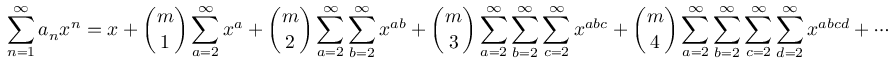
\sum _ { n = 1 } ^ { \infty } a _ { n } x ^ { n } = x + { \binom { m } { 1 } } \sum _ { a = 2 } ^ { \infty } x ^ { a } + { \binom { m } { 2 } } \sum _ { a = 2 } ^ { \infty } \sum _ { b = 2 } ^ { \infty } x ^ { a b } + { \binom { m } { 3 } } \sum _ { a = 2 } ^ { \infty } \sum _ { b = 2 } ^ { \infty } \sum _ { c = 2 } ^ { \infty } x ^ { a b c } + { \binom { m } { 4 } } \sum _ { a = 2 } ^ { \infty } \sum _ { b = 2 } ^ { \infty } \sum _ { c = 2 } ^ { \infty } \sum _ { d = 2 } ^ { \infty } x ^ { a b c d } + \cdots